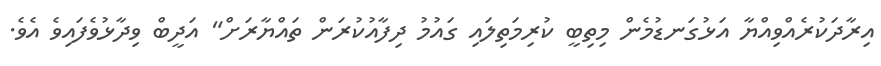
އިރާދަކުރެއްވިއްޔާ އަޅުގަނޑުމެން މިތިބީ ކުރިމަތިލައި ގައުމު ދިފާއުކުރަން ތައްޔާރަށް" އަދީބް ވިދާޅުވެފައިވެ އެވެ.